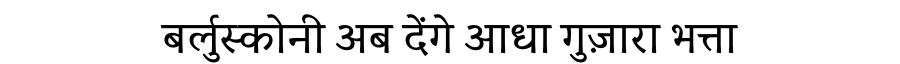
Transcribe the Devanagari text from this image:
बर्लुस्कोनी अब देंगे आधा गुज़ारा भत्ता